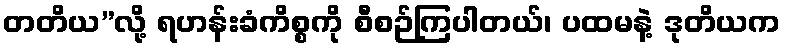
တတိယ”လို့ ရဟန်းခံကိစ္စကို စီစဉ်ကြပါတယ်၊ ပထမနဲ့ ဒုတိယက